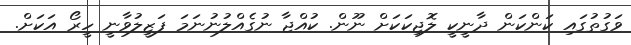
ވަގުތުގައި ކަންކަން ދާނީކީ ލޮޖިކަކަށް ނޫން. ކުއްޖާ ނުގެއްލުނުނަމަ ފަޒީލުވާނީ ހީރޯ އަކަށް.